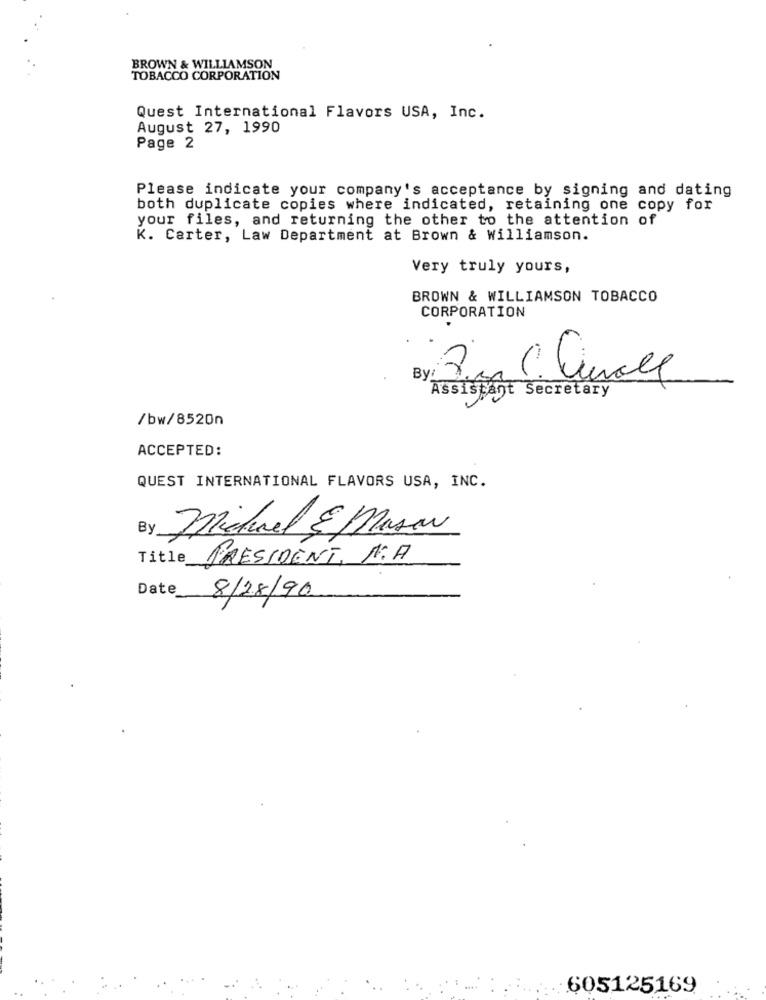
BROWN & WILLIAMSON
TOBACCO CORPORATION
Quest International Flavors USA, Inc.
August 27, 1990
Page 2
Please indicate your company's acceptance by signing and dating
both duplicate copies where indicated, retaining one copy for
your files, and returning the other to the attention of
K. Carter, Law Department at Brown & Williamson.
Very truly yours,
BROWN & WILLIAMSON TOBACCO
CORPORATION
By:
Assistant Secretary
/bw/8520n
ACCEPTED:
QUEST INTERNATIONAL FLAVORS USA, INC.
By
Michel E Masar
Title PRESIDENT, N.A
Date
8/28/90
605125169